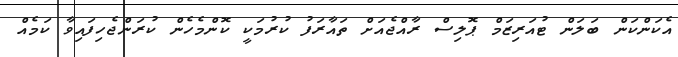
އެކަންކަން ބަލަން ޓުއަރިޒަމް ޕޮލިސް ރާއްޖެއަށް ތައާރަފު ކުރުމަކީ ކޮންމެހެން ކުރަންޖެހިފައިވާ ކަމެއް